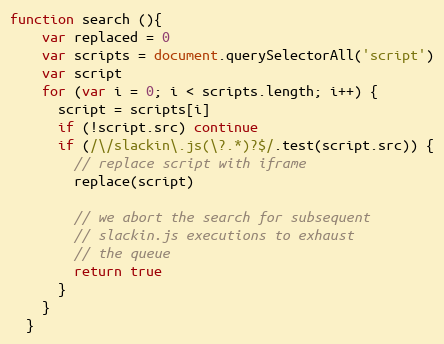
Language: JavaScript
function search (){
    var replaced = 0
    var scripts = document.querySelectorAll('script')
    var script
    for (var i = 0; i < scripts.length; i++) {
      script = scripts[i]
      if (!script.src) continue
      if (/\/slackin\.js(\?.*)?$/.test(script.src)) {
        // replace script with iframe
        replace(script)

        // we abort the search for subsequent
        // slackin.js executions to exhaust
        // the queue
        return true
      }
    }
  }